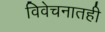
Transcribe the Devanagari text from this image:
विवेचनातही